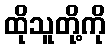
ထိုသူတို့ကို